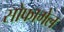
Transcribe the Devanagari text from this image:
सोफागेल